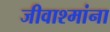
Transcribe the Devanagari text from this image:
जीवाश्मांना